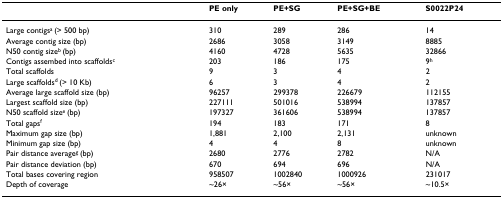
<table><thead><tr><td></td><td><b>PE only</b></td><td><b>PE+SG</b></td><td><b>PE+SG+BE</b></td><td><b>S0022P24</b></td></tr></thead><tbody><tr><td>Large contigs<sup>a </sup>(&gt; 500 bp)</td><td>310</td><td>289</td><td>286</td><td>14</td></tr><tr><td>Average contig size (bp)</td><td>2686</td><td>3058</td><td>3149</td><td>8885</td></tr><tr><td>N50 contig size<sup>b </sup>(bp)</td><td>4160</td><td>4728</td><td>5635</td><td>32866</td></tr><tr><td>Contigs assembed into scaffolds<sup>c</sup></td><td>203</td><td>186</td><td>175</td><td>9<sup>h</sup></td></tr><tr><td>Total scaffolds</td><td>9</td><td>3</td><td>4</td><td>2</td></tr><tr><td>Large scaffolds<sup>d </sup>(&gt; 10 Kb)</td><td>6</td><td>3</td><td>4</td><td>2</td></tr><tr><td>Average large scaffold size (bp)</td><td>96257</td><td>299378</td><td>226679</td><td>112155</td></tr><tr><td>Largest scaffold size (bp)</td><td>227111</td><td>501016</td><td>538994</td><td>137857</td></tr><tr><td>N50 scaffold size<sup>e </sup>(bp)</td><td>197327</td><td>361606</td><td>538994</td><td>137857</td></tr><tr><td>Total gaps<sup>f</sup></td><td>194</td><td>183</td><td>171</td><td>8</td></tr><tr><td>Maximum gap size (bp)</td><td>1,881</td><td>2,100</td><td>2,131</td><td>unknown</td></tr><tr><td>Minimum gap size (bp)</td><td>4</td><td>4</td><td>8</td><td>unknown</td></tr><tr><td>Pair distance average<sup>g </sup>(bp)</td><td>2680</td><td>2776</td><td>2782</td><td>N/A</td></tr><tr><td>Pair distance deviation (bp)</td><td>670</td><td>694</td><td>696</td><td>N/A</td></tr><tr><td>Total bases covering region</td><td>958507</td><td>1002840</td><td>1000926</td><td>231017</td></tr><tr><td>Depth of coverage</td><td>~26×</td><td>~56×</td><td>~56×</td><td>~10.5×</td></tr></tbody></table>